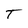
Character: T